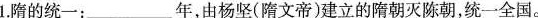
1.隋的统一：___年，由杨坚(隋文帝)建立的隋朝灭陈朝，统一全国。